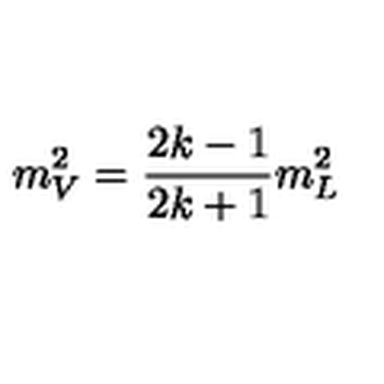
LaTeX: m _ { V } ^ { 2 } = { \frac { 2 k - 1 } { 2 k + 1 } } m _ { L } ^ { 2 }